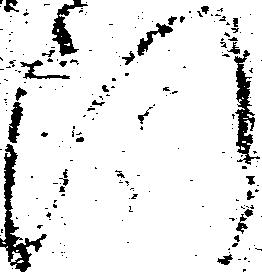
断